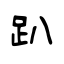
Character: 趴